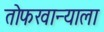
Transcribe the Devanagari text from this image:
तोफखान्याला